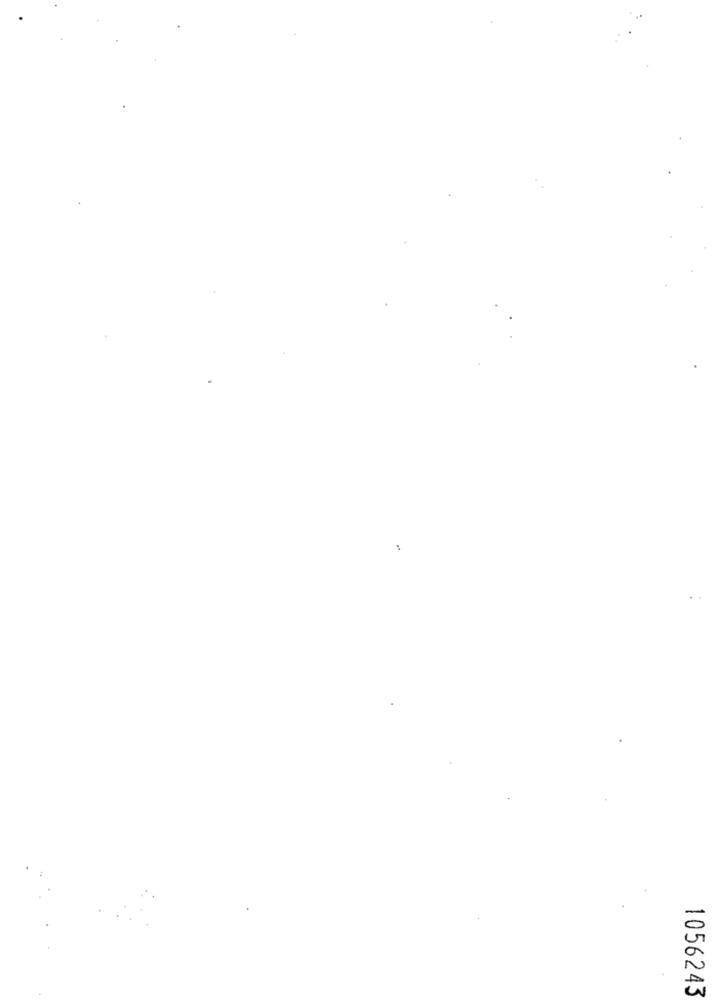
1056243